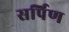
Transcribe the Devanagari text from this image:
सर्पिण